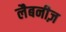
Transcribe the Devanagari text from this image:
लैबनीज़